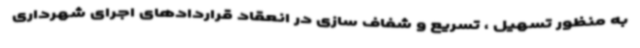
به منظور تسهیل ، تسریع و شفاف سازی در انعقاد قراردادهای اجرای شهرداری